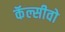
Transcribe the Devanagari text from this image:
कॅल्सीवो